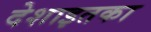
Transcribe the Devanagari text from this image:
देशाइतका